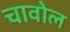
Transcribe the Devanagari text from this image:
चावोल